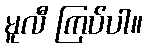
မူလီ ကြပ်ပါ။